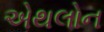
એથલોન